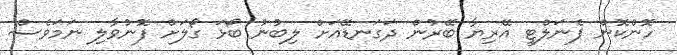
ހޮންކޮން ޕެނަލްޓީ އޭރިޔާ ބޭރުން ދަގަނޑޭއަށް ލިބުނު ބޯޅަ ގޯލަށް ފޮނުވާލި ނަމަވެސް